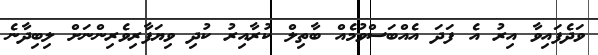
ވަދެފައިވާ އިރު އެ ފަދަ އެއްބަސްވުމެއް ބާތިލް ކުރާއިރު ކުދި ވިޔަފާރިވެރިންނަށް ލިބިދާނެ